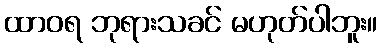
ထာဝရ ဘုရားသခင် မဟုတ်ပါဘူး။